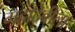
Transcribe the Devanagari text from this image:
महादेवीला